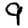
Digit: 9